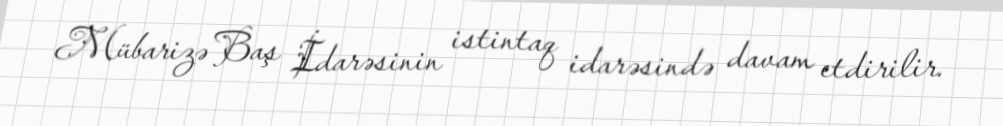
Mübarizə Baş İdarəsinin istintaq idarəsində davam etdirilir.